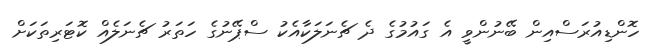
ހޮންޑިއުރަސްއިން ބޭނުންވީ އެ ގައުމުގެ ދެ ޗެނަލަކާއެކު ސްޕޭނުގެ ހަތަރު ޗެނަލެއް ކޮޓަރިތަކަށް